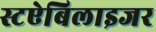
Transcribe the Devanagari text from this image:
स्टऐबिलाइजर